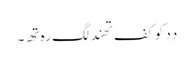
دِدِ کو کفِ تھند لگ رہِ تھِ۔